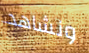
ونشاهد